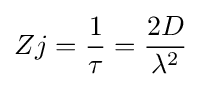
Zj={\frac {1}{\tau }}={\frac {2D}{\lambda ^{2}}}